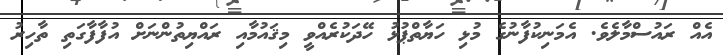
އެއް ރައުސްމާލެވެ. އެމަނިކުފާނުގެ މުޅި ހަޔާތްޕުޅު ހޭދަކުރެއްވީ މިޤައުމާއި ރައްޔިތުންނަށް އުފާފާގަތި ތާހިރު